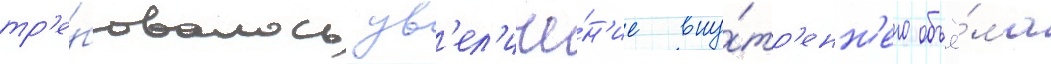
тр'е́бовалось ув'ел'иче́н'ие вну́тр'енн'его объё́ма